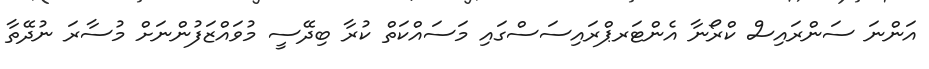
އަންނަ ސަންރައިސް ކްރޯނާ އެންޓަރޕްރައިސަސްގައި މަސައްކަތް ކުރާ ބިދޭސީ މުވައްޒަފުންނަށް މުސާރަ ނުދޭތާ